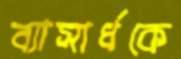
ব্যাসার্ধকে